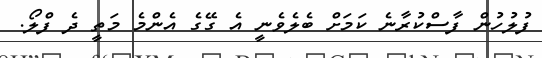
ފުލުހުން ފާސްކުރާނެ ކަމަށް ބެލެވެނީ އެ ގޭގެ އެންމެ މަތީ ދެ ފްލޯ.